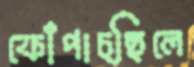
ফোঁপাচ্ছিলে